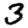
Digit: 3